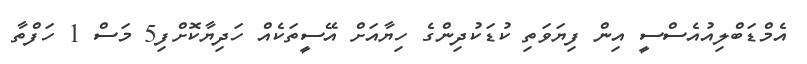
އެމްޑަބްލިއުއެސްސީ އިން ފިޔަވަތި ކުޑަކުދިންގެ ހިޔާއަށް އޭސީތަކެއް ހަދިޔާކޮށްފި5 މަސް 1 ހަފްތާ